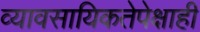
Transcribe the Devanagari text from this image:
व्यावसायिकतेपेक्षाही